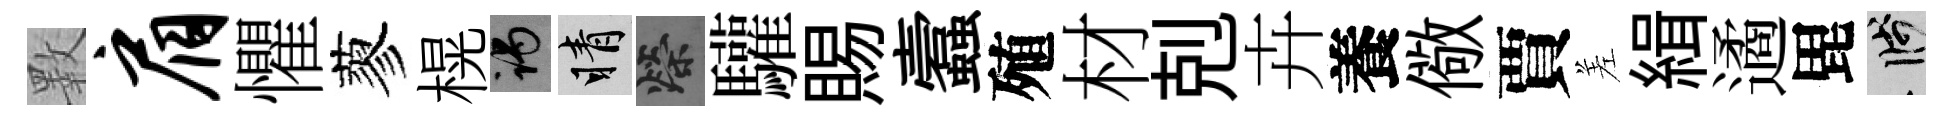
斁肩懼蓼榥谒睛榮驩賜蠧殖材剋卉養儆賈差緝遹毘箋